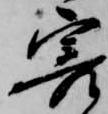
害